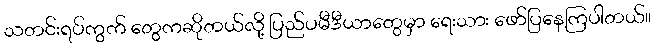
သတင်းရပ်ကွက် တွေကဆိုတယ်လို့ ပြည်ပမီဒီယာတွေမှာ ရေးသား ဖော်ပြနေကြပါတယ်။